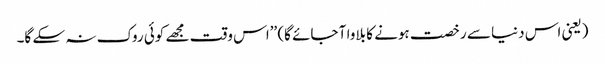
(یعنی اس دنیا سے رخصت ہونے کا بلاوا آ جائے گا) ’’اس وقت مجھے کوئی روک نہ سکے گا۔